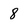
Character: 8